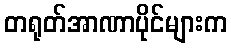
တရုတ်အာဏာပိုင်များက